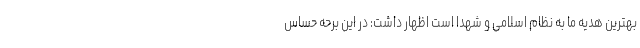
بهترین هدیه ما به نظام اسلامی و شهدا است اظهار داشت: در این برحه حساس